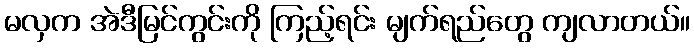
မလှက အဲဒီမြင်ကွင်းကို ကြည့်ရင်း မျက်ရည်တွေ ကျလာတယ်။